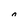
Character: 0